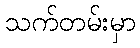
သက်တမ်းမှာ